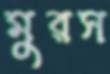
মুরস